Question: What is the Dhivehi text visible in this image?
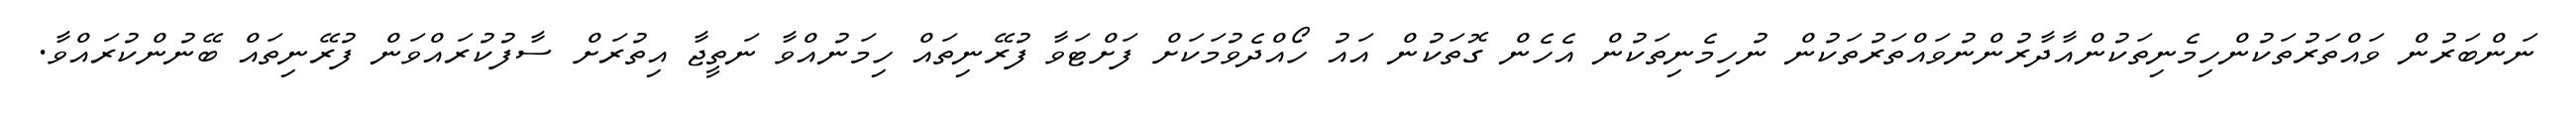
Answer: ނަންބަރުން ވައްތަރުތަކުންހިމެނިތަކުންއާދާރުންނުވައްތަރުތަކުން ނުހިމެނިތަކުން އެހެން ގޮތަކުން އައު ހޯއްދެވުމަކަށް ފަށްޓަވާ ފުރޭނިތައް ހިމަނުއްވާ ނަތީޖާ އިތުރަށް ސާފުކުރައްވަން ފުރޭނިތައް ބޭނުންކުރައްވާ.